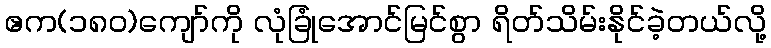
ဧက(၁၈၀)ကျော်ကို လုံခြုံအောင်မြင်စွာ ရိတ်သိမ်းနိုင်ခဲ့တယ်လို့